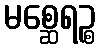
မစ္ဆေရဉ္စ